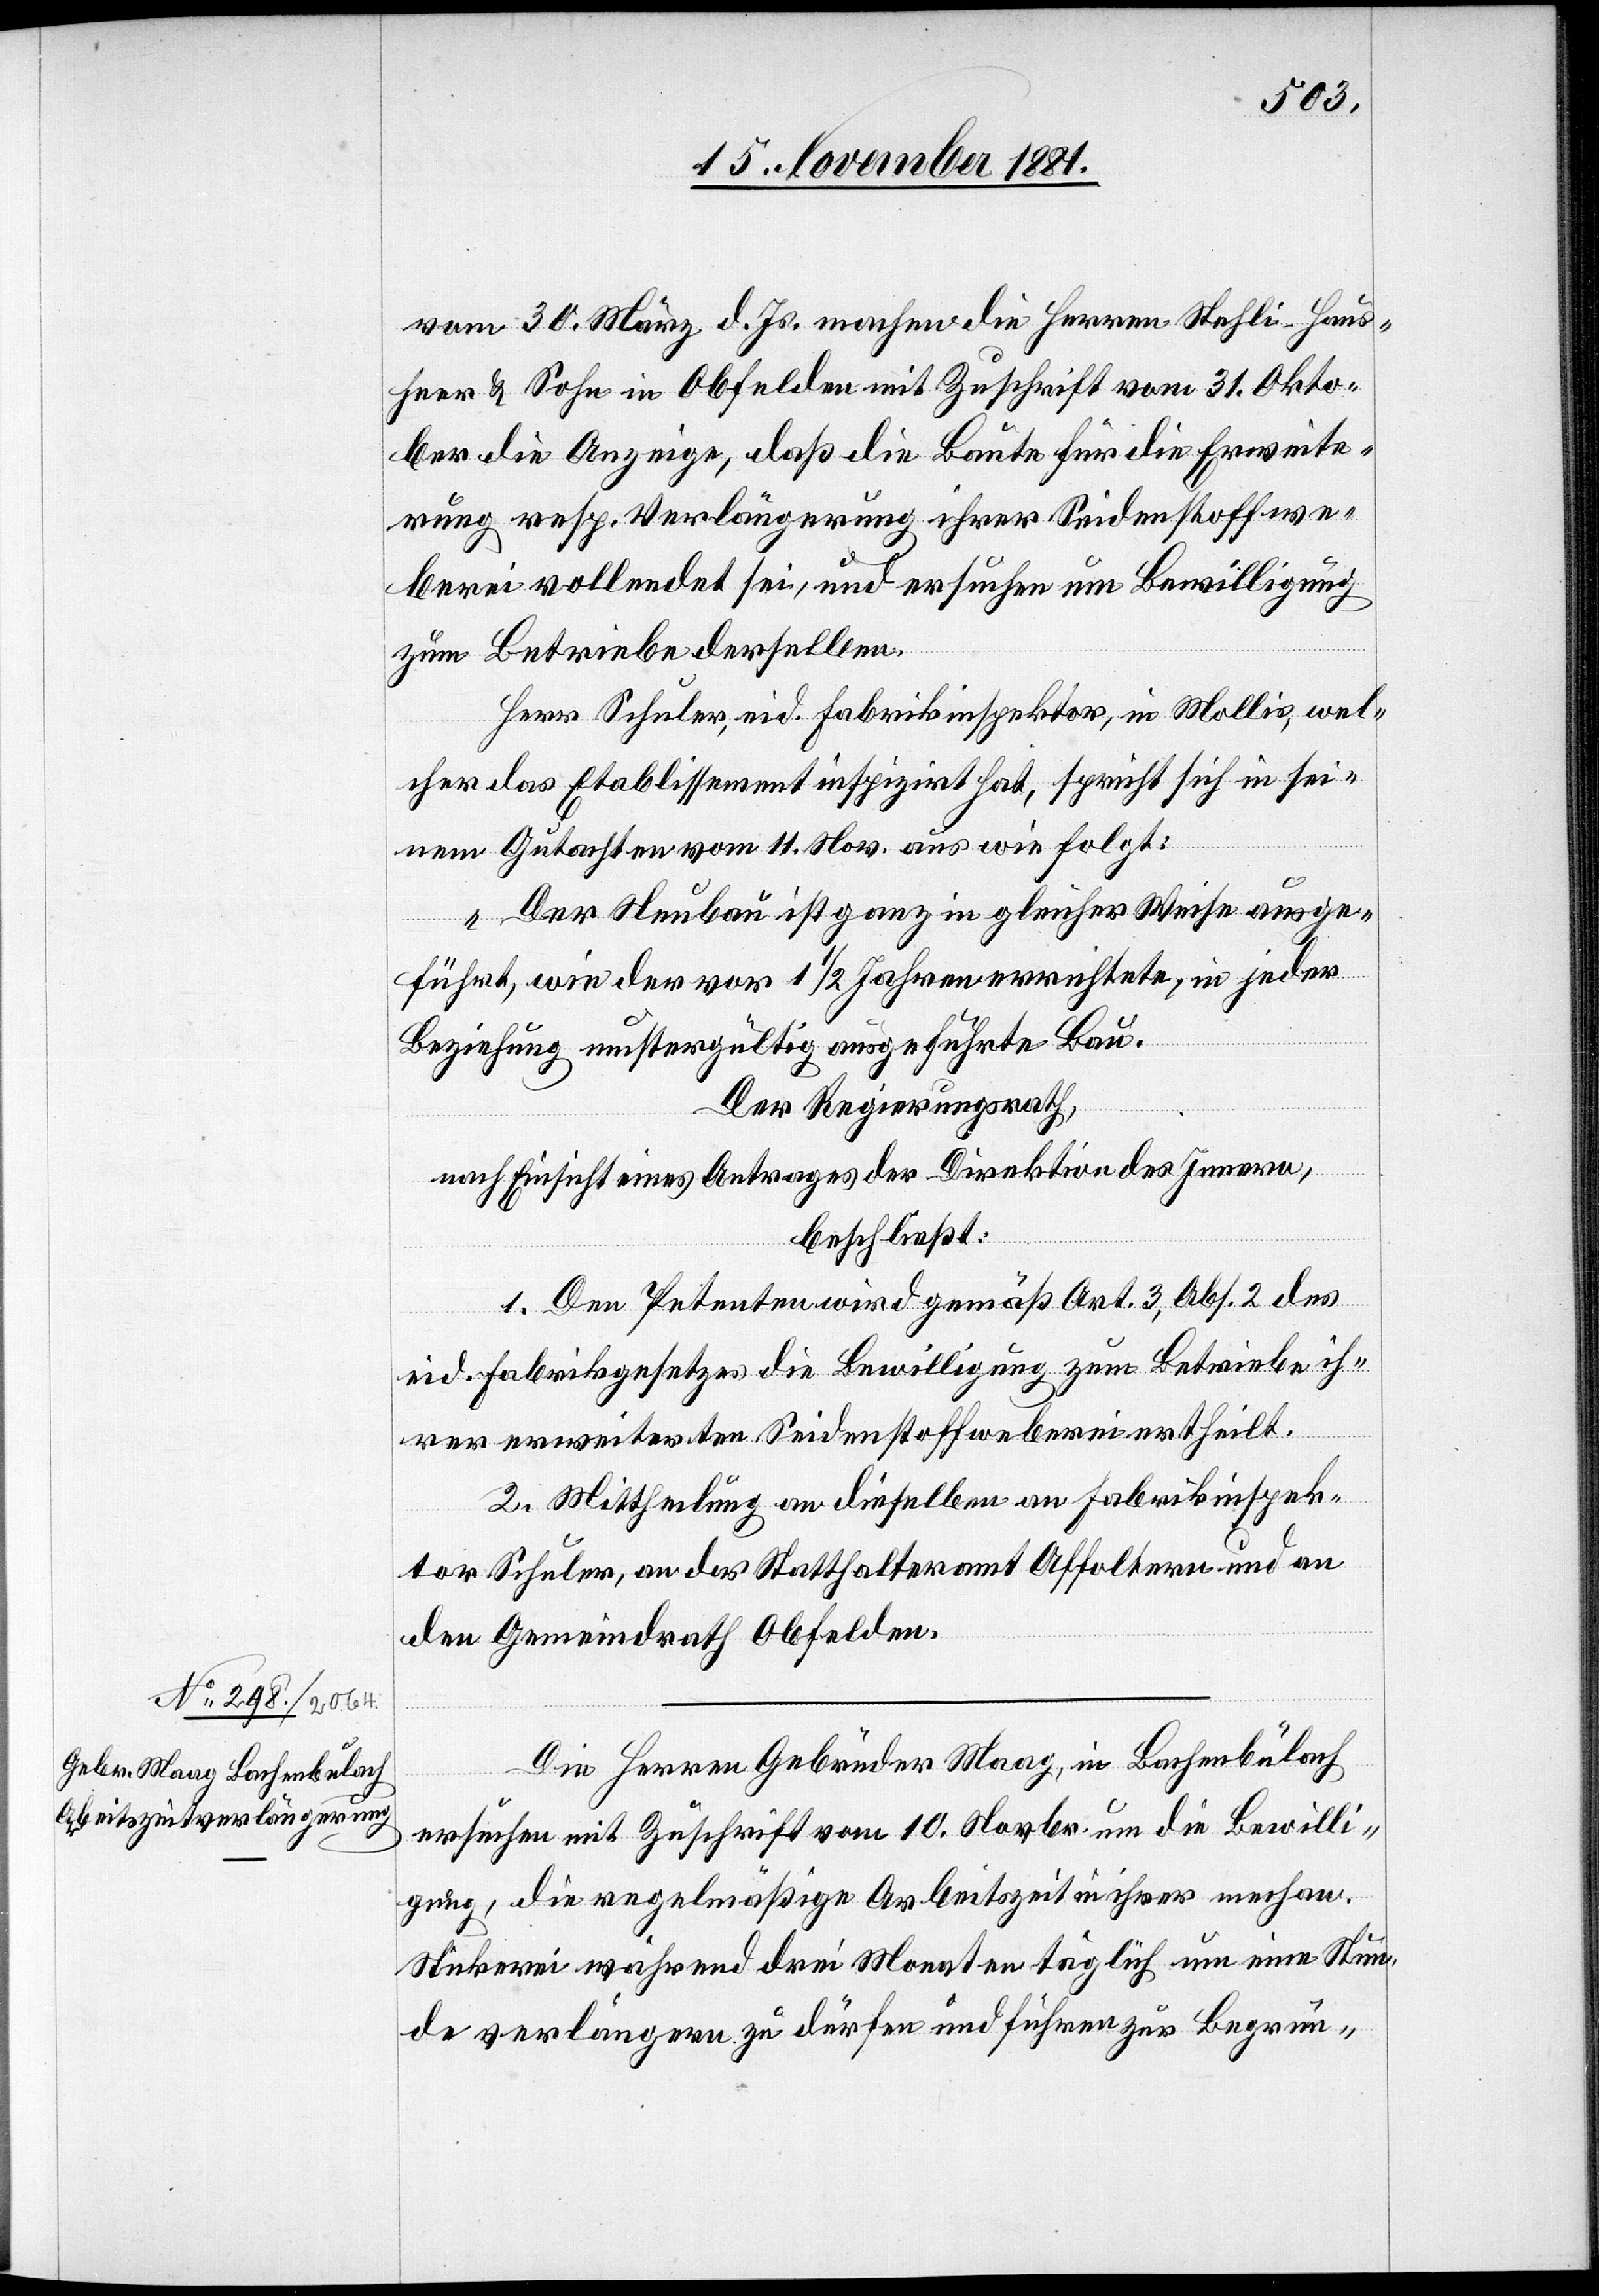
vom 30. März d. Js. machen die Herren Stehli-Haus¬
heer & Sohn in Obfelden mit Zuschrift vom 31. Okto¬
ber die Anzeige, daß die Baute für die Erweite¬
rung resp. Verlängerung ihrer Seidenstoffwe¬
berei vollendet sei, und ersuchen um Bewilligung
zum Betriebe derselben.
Herr Schuler, eid. Fabrikinspektor, in Mollis, wel¬
cher das Etablissement inspizirt hat, spricht sich in sei¬
nem Gutachten vom 11. Nov. aus wie folgt:
„Der Neubau ist ganz in gleicher Weise ausge¬
führt, wie der vor 1 1/2 Jahren errichtete, in jeder
Beziehung mustergültig ausgeführte Bau.“
Der Regierungsrath,
nach Einsicht eines Antrages der Direktion des Innern,
beschließt:
1. Den Petenten wird gemäß Art. 3, Abs. 2 des
eid. Fabrikgesetzes die Bewilligung zum Betriebe ih¬
rer erweiterten Seidenstoffweberei ertheilt.
2. Mittheilung an dieselben[,] an Fabrikinspek¬
tor Schuler, an das Statthalteramt Affoltern und an
den Gemeindrath Obfelden.
Die Herren Gebrüder Maag, in Bachenbülach
ersuchen mit Zuschrift vom 10. Novbr. um die Bewilli¬
gung, die regelmäßige Arbeitszeit in ihrer mechan.
Stickerei während drei Monaten täglich um eine Stun¬
de verlängern zu dürfen und führen zur Begrün-